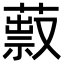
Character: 䔴